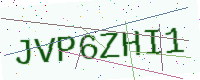
Text: JVP6ZHI1